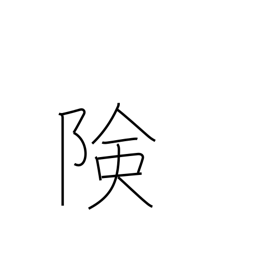
Meaning: precipitous